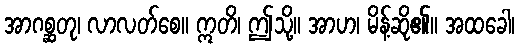
အာဂစ္ဆတု၊ လာလတ်စေ။ ဣတိ၊ ဤသို့။ အာဟ၊ မိန့်ဆို၏။ အထခေါ၊